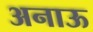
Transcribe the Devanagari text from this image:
अनाऊ